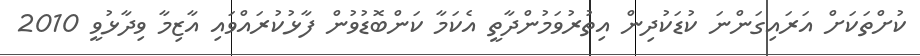
ކުށްތަކަށް އަރައިގަންނަ ކުޑަކުދިން އިތުރުވަމުންދާތީ އެކަމާ ކަންބޮޑުވުން ފާޅުކުރައްވައި އާޒިމާ ވިދާޅުވީ 2010